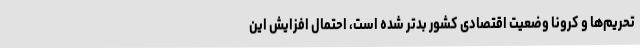
تحریم‌ها و کرونا وضعیت اقتصادی کشور بدتر شده است، احتمال افزایش این